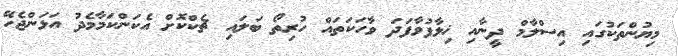
މިޔުންތަކުގައި އިސްލާމް ދީނާއި ޚިލާފުވާފަދަ ވާހަކަތައް ހުރިތޯ ބަލައި ޗެކްކޮށް އެކަންކަމާމެދު އަޅަންޖެހޭ